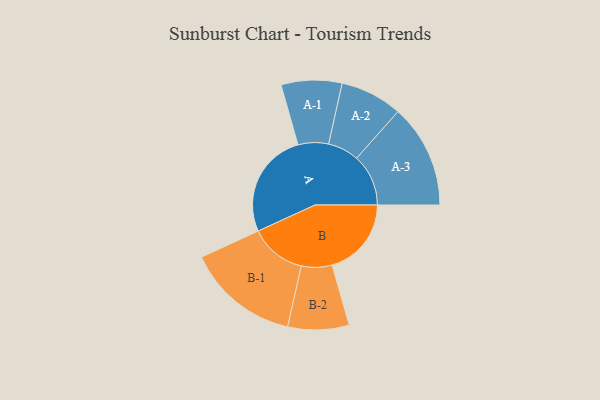
{"axis": {"x": "Segment", "y": "Value"}, "legend": ["", "A", "B"], "data": [{"x": "A", "y": 439, "type": ""}, {"x": "B", "y": 329, "type": ""}, {"x": "A-1", "y": 126, "type": "A"}, {"x": "A-2", "y": 129, "type": "A"}, {"x": "A-3", "y": 215, "type": "A"}, {"x": "B-1", "y": 234, "type": "B"}, {"x": "B-2", "y": 127, "type": "B"}]}